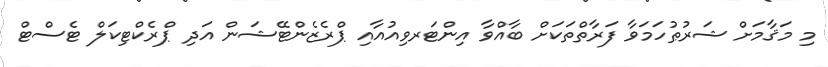
މި މަޤާމަށް ޝަރުޠުހަމަވާ ފަރާތްތަކަށް ބާއްވާ އިންޓަރވިއުއާއި ޕްރެޒެންޓޭޝަން އަދި ޕްރެކްޓިކަލް ޓެސްޓް